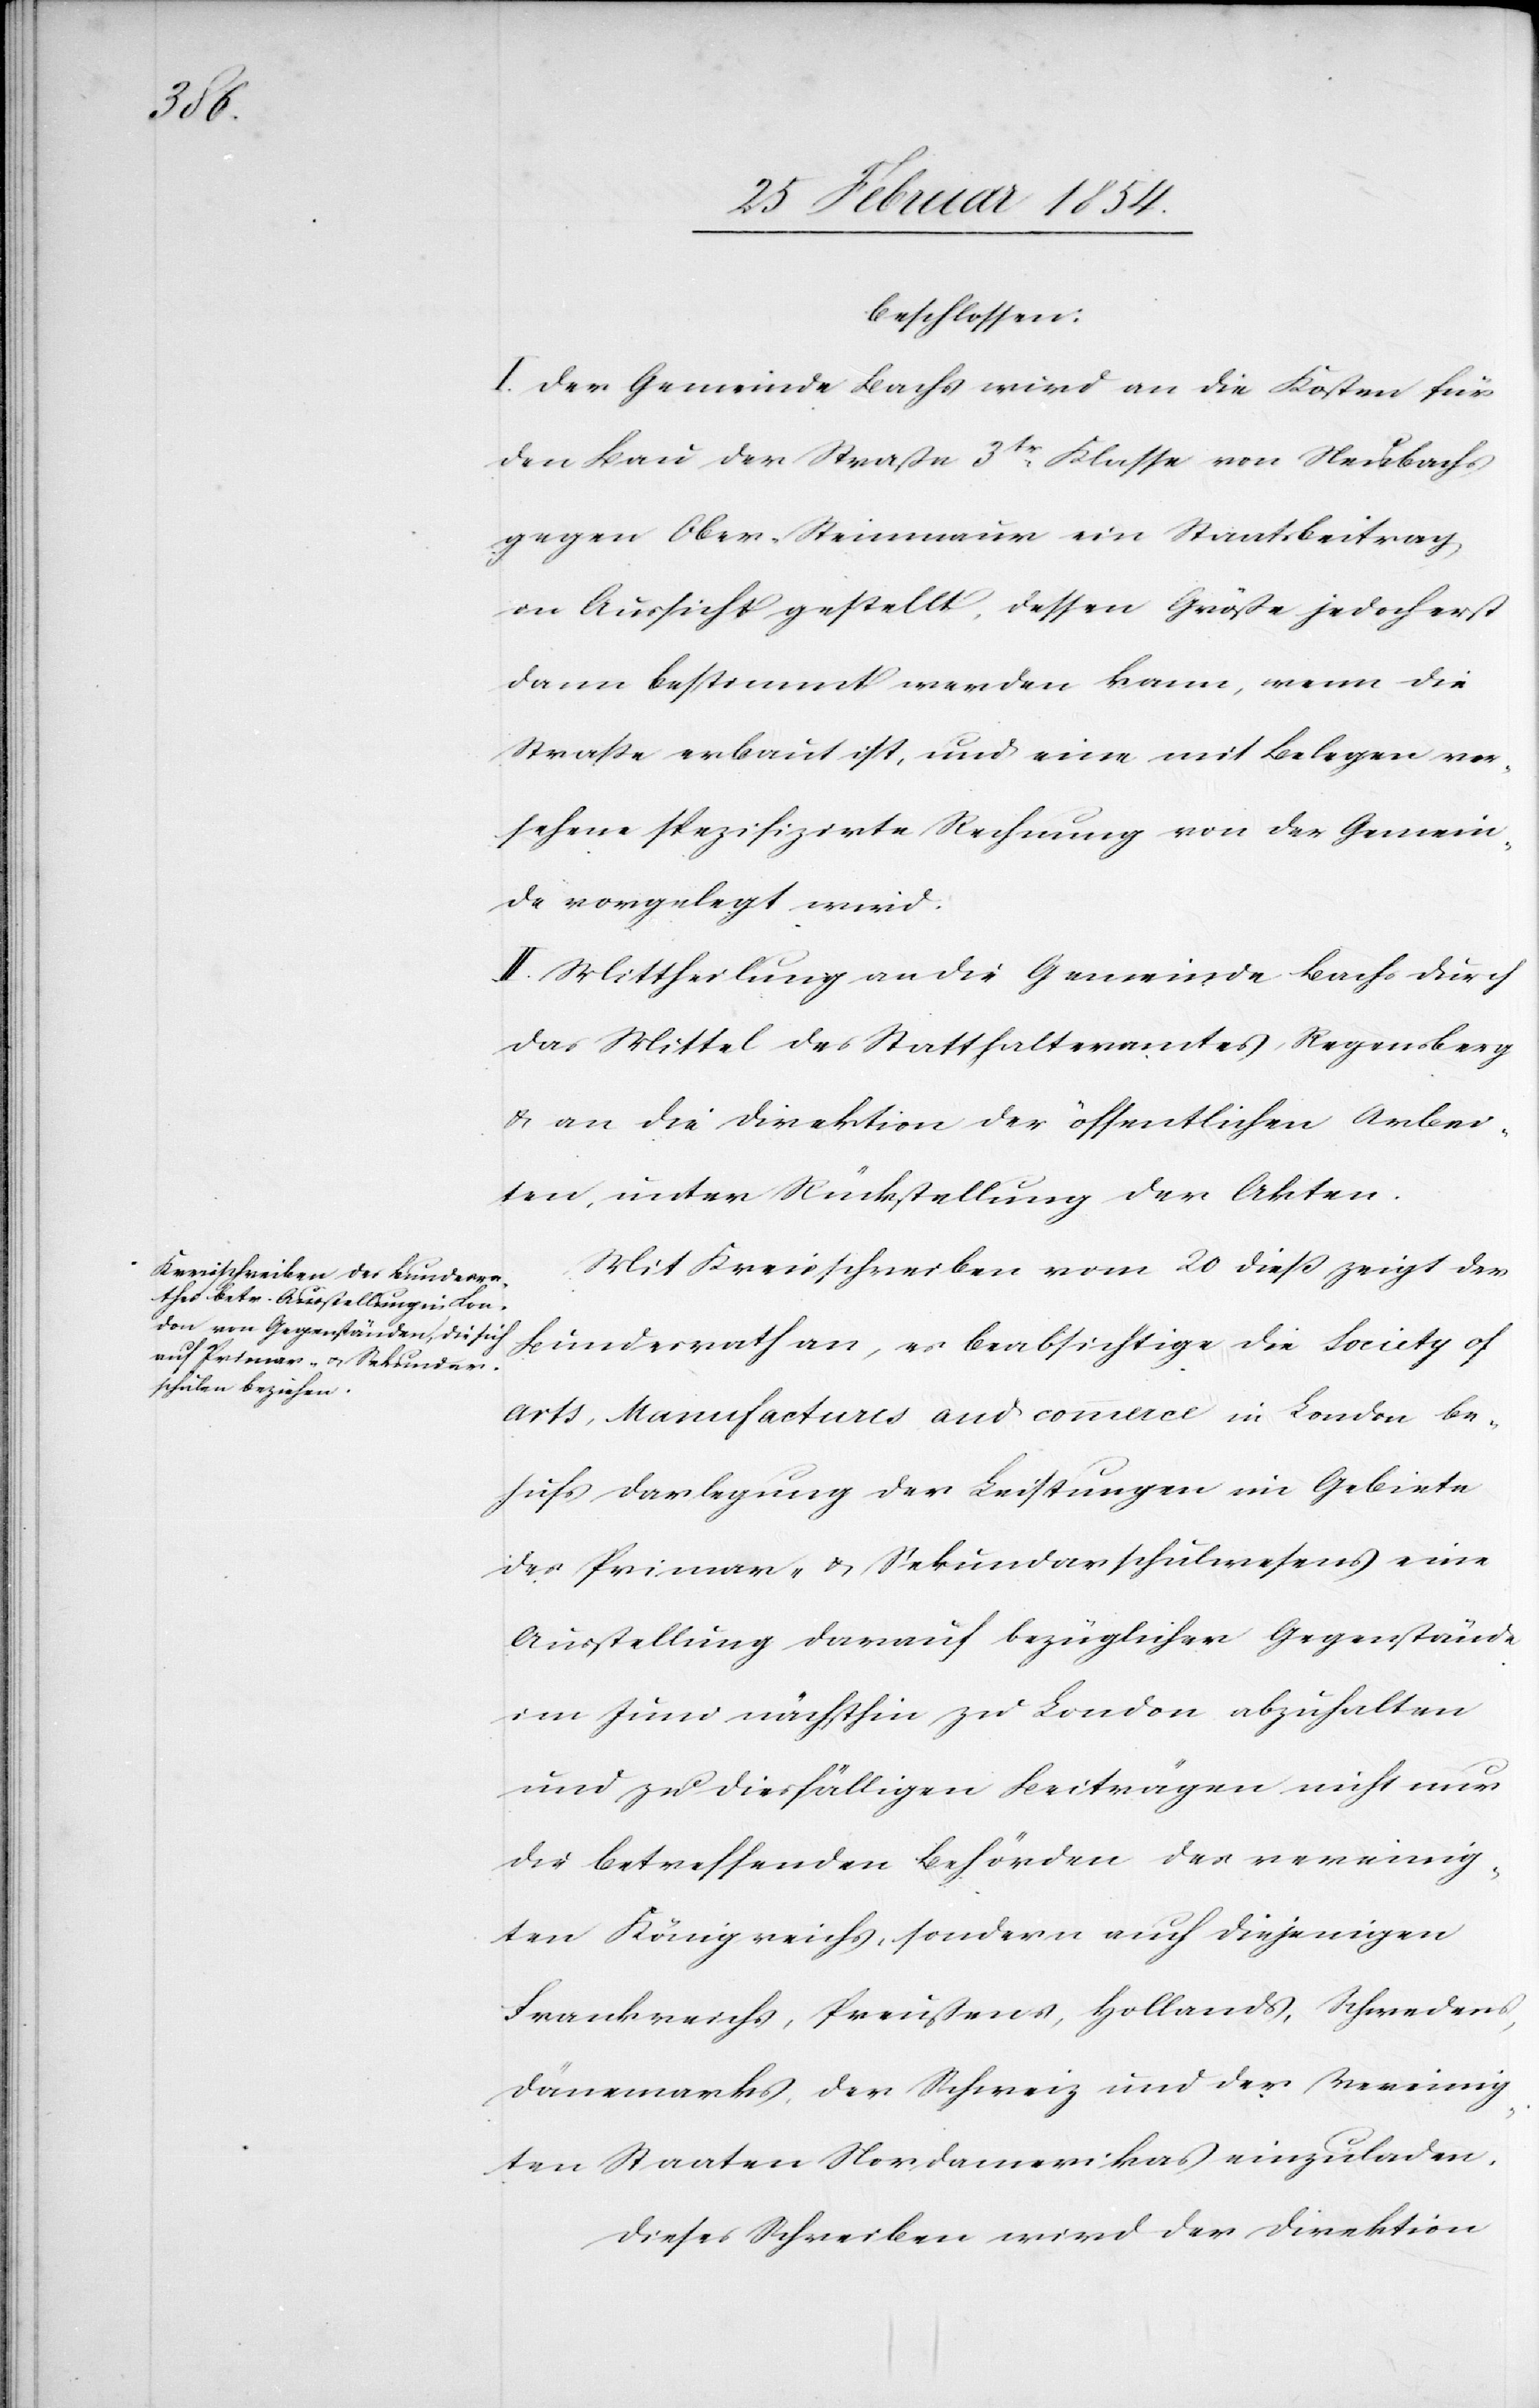
beschlossen:
I. Der Gemeinde Bachs wird an die Kosten für
den Bau der Straße 3tr Klasse von Neubachs
gegen Ober-Steinmaur ein Staatsbeitrag
in Aussicht gestellt, dessen Größe jedoch erst
dann bestimmt werden kann, wenn die
Straße erbaut ist, und eine mit Belegen ver¬
sehene spezifirte Rechnung von der Gemein¬
de vorgelegt wird.
II. Mittheilung an die Gemeinde Bachs durch
das Mittel des Statthalteramtes Regensberg
& an die Direktion der öffentlichen Arbei¬
ten, unter Rückstellung der Akten.
Mit Kreisschreiben vom 29 dieß zeigt der
Bundesrath an, er beabsichtige die Society of
Arts, Manufactures and commerce in London be¬
hufs Darlegung der Leistungen im Gebiete
der Primar- & Sekundarschulwesens eine
Ausstellung darauf bezüglicher Gegenstände
im Juno nächsthin zu London abzuhalten
und zu diesfälligen Beiträgen nicht nur
die betreffenden Behörden des vereinig¬
ten Königreichs, sondern auch diejenigen
Frankreichs, Preußens, Hollands, Schwedens,
Dänemarks, der Schweiz und der Vereinig¬
ten Staaten Nordamerikas einzuladen.
Dieses Schreiben wird der Direktion